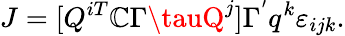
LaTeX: J=[Q^{iT}\mathbb{C}\Gamma\tauQ^{j}]\Gamma^{'}q^{k}\varepsilon_{ijk}.